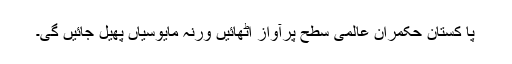
پا کستان حکمران عالمی سطح پرآواز اٹھائیں ورنہ مایوسیاں پھیل جائیں گی۔